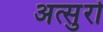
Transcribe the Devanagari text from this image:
अत्सुरो